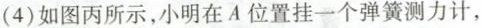
(4)如图丙所示，小明在A位置挂一个弹簧测力计，